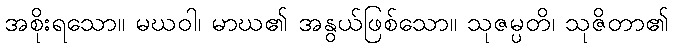
အစိုးရသော။ မဃဝါ၊ မာဃ၏ အနွယ်ဖြစ်သော။ သုဇမ္ပတိ၊ သုဇိတာ၏